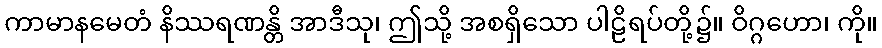
ကာမာနမေတံ နိဿရဏန္တိ အာဒီသု၊ ဤသို့ အစရှိသော ပါဠိရပ်တို့၌။ ဝိဂ္ဂဟော၊ ကို။